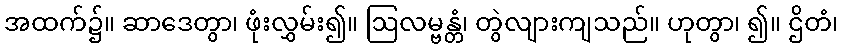
အထက်၌။ ဆာဒေတွာ၊ ဖုံးလွှမ်း၍။ ဩလမ္ဗန္တံ၊ တွဲလျားကျသည်။ ဟုတွာ၊ ၍။ ဌိတံ၊